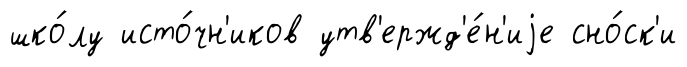
шко́лу исто́чн'иков утв'ержд'е́н'иjе сно́ск'и